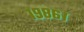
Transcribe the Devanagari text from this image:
१९८६।